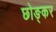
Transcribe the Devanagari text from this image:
छोङ्कर